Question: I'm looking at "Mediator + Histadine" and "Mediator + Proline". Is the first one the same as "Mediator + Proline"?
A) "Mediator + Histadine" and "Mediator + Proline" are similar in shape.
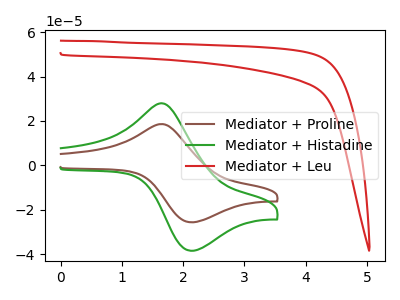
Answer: <think>The brown curve "Mediator + Proline" has an anodic peak at (1.70V, 18.50uA) and a cathodic peak at (2.15V, -25.55uA). The green curve "Mediator + Histadine" has an anodic peak at (1.70V, 27.80uA) and a cathodic peak at (2.15V, -38.40uA). The red curve "Mediator + Leu" has no peaks.
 All the peaks in "Mediator + Histadine" have a peak in "Mediator + Proline" at the same potential. Every peak in "Mediator + Histadine" is higher than every peak in "Mediator + Proline".</think>
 <answer>A) "Mediator + Histadine" and "Mediator + Proline" are similar in shape.</answer>
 <eval>A</eval>